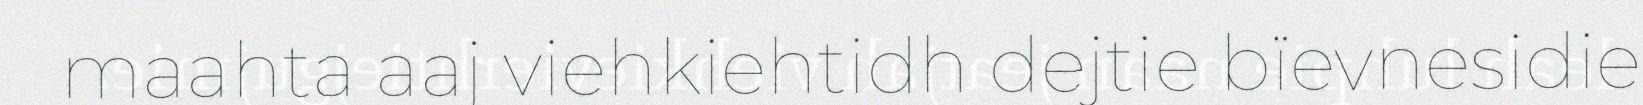
maahta aaj viehkiehtidh dejtie bïevnesidie